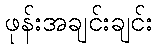
ဖုန်းအချင်းချင်း